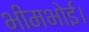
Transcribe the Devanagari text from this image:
भीमभोई।